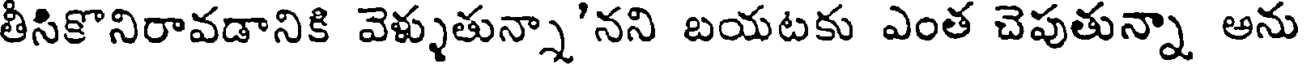
తీసికొనిరావడానికి వెళ్ళుతున్నా'నని బయటకు ఎంత చెపుతున్నా ఆను